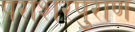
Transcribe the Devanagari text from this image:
पराशरपुराण